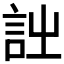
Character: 𧥳